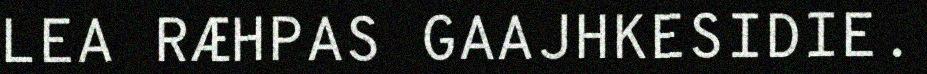
LEA RÆHPAS GAAJHKESIDIE.